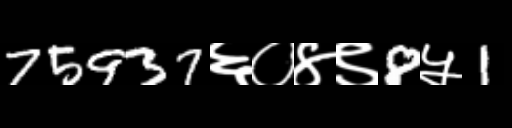
Text: 75937६०४९8५1